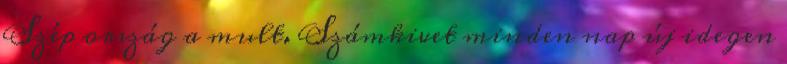
Szép ország a mult. Számkivet minden nap új idegen